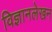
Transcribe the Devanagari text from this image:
विज्ञानलेखन